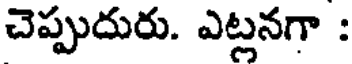
చెప్పుదురు. ఎట్లనగా :